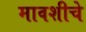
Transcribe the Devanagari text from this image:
मावशीचे